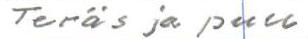
Teräs ja puu